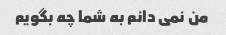
من نمی دانم به شما چه بگویم